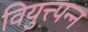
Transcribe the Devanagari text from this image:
वियुत्त्पन्न